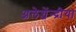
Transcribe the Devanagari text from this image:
अलेग्जेंन्द्रीया